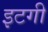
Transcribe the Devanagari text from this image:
इटगी